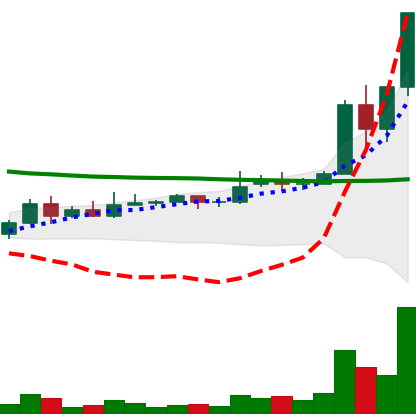
Ticker: DOGE-USD
Chart end date: 2020-11-24
Forward return: -17.983%
Label: down_7plus